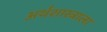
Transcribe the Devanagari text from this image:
अर्थशास्त्राला